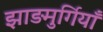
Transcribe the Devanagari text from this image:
झाड़मुर्गियाँ